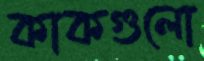
কাকগুলো